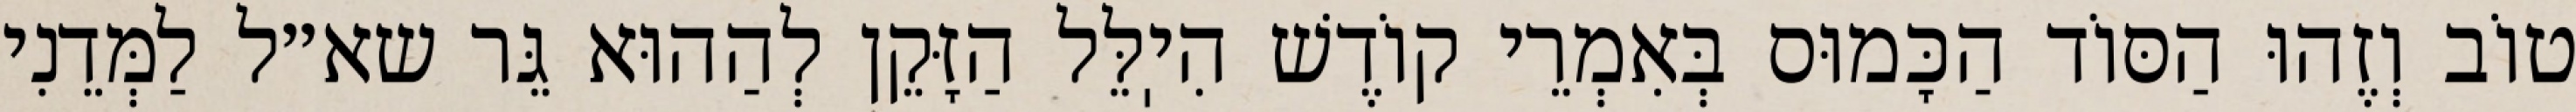
טוֹב וְזֶהוּ הַסּוֹד הַכָּמוּס בְּאִמְרֵי קוֹדֶשׁ הִיֽלֵּל הַזָּקֵן לְהַהוּא גֵּר שא״ל לַמְּדֵנִי